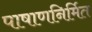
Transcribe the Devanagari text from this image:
पाषाणनिर्मित